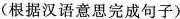
(根据汉语意思完成句子)